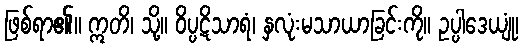
ဖြစ်ရာ၏။ ဣတိ၊ သို့။ ဝိပ္ပဋိသာရံ၊ နှလုံးမသာယာခြင်းကို။ ဥပ္ပါဒေယျုံ၊